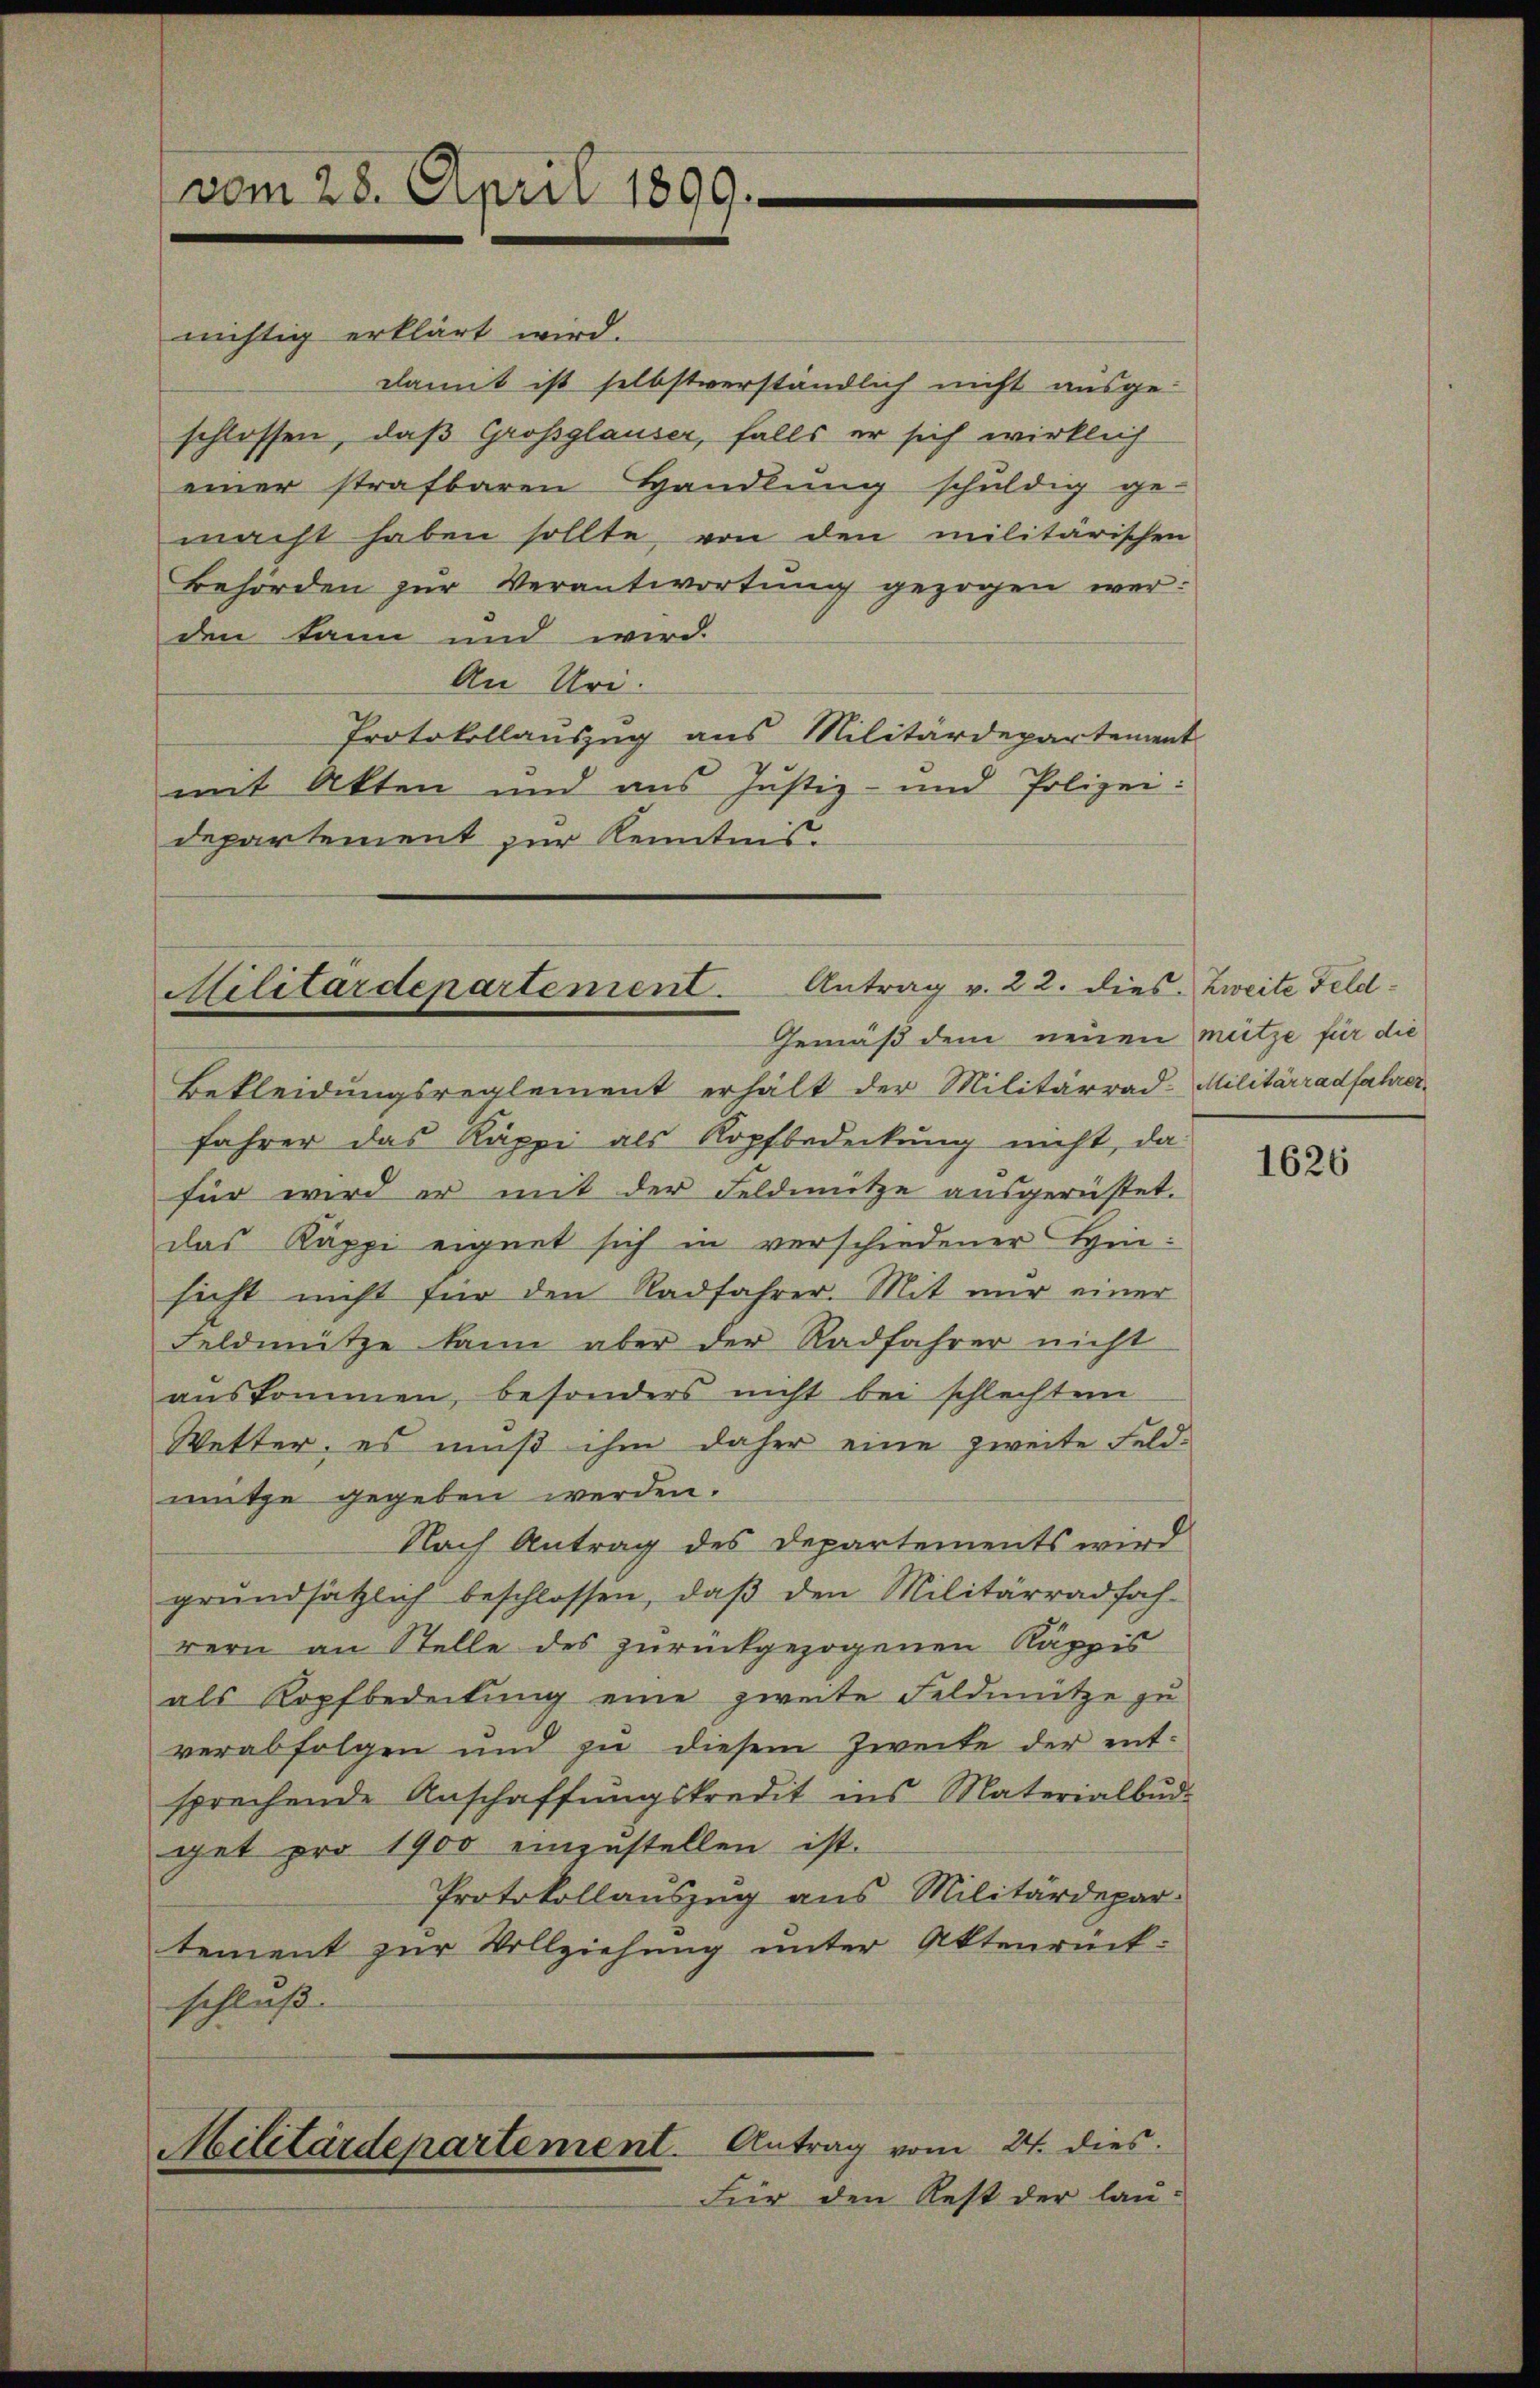
vom 28. April 1899.

nichtig erklärt wird.
damit ist selbstverständlich nicht ausge-
schlossen, daß Großglauser, falls er sich wirklich
einer strafbaren Handlung schuldig ge-
macht haben sollte, von den militarischen
Behörden zŭr Verantwortung gezogen wer-
den kann und wird.
An Uri.
Protokollauszug aus Militärdepartement
mit Akten und aus Justiz- und Polizei:
departement zur Kenntnis.

Militärdepartement. Antrag v. 22. dies
Gemäß dem neuen mütze für die

Bekleidungsreglement erhält der Militärrad-Militärradfahrer
fahrer das Käppi als Kopfbedeckung nicht, da
für wird er mit der Feldmütze ausgerüstet.
das Käppi eignet sich in verschiedener Hinsicht nicht für den Radfahrer. Mit nŭr einer
Feldmütze kann aber der Radfahrer nicht
auskommen, besonders nicht bei schlechten
Wetter, es muß ihm daher eine zweite Feldmütze gegeben werden.
Nach Antrag des Departements wird
grŭndsätzlich beschlossen, daβ den Militärradfah-
rern an Stelle des zurückgezogenen Käppis
als Kopfbedeckung eine zweite Feldmütze zu
verabfolgen und zu diesem Zweite der entsprechende Anschaffungskredit ins Materialbud.
get pro 1900 einzustellen ist.
Protokollauszug aus Militärdepar
tement zur Vollziehung unter Aktenrück-
schluss. |
Antrag vom 24. dies
Militärdepartement.
Für den Rest der lau¬

Zweite Feld¬

1626